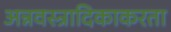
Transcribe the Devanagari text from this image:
अन्नवस्त्रादिकाकरता